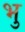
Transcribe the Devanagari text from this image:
भु